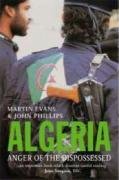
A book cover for Algeria: Anger of the Dispossessed; John Phillips; History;